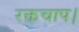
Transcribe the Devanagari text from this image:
रक्तचाप।